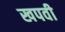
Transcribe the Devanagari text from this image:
खपवी